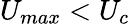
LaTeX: U_{max}<U_{c}